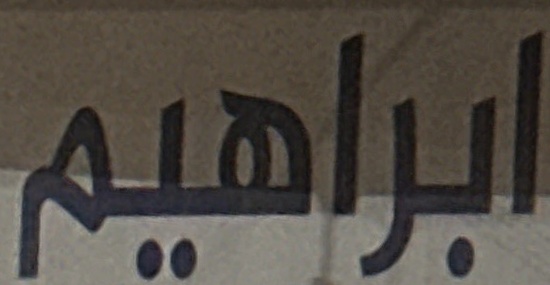
ابراهیم